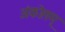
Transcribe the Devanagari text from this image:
अंकोलम्